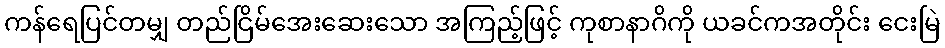
ကန်ရေပြင်တမျှ တည်ငြိမ်အေးဆေးသော အကြည့်ဖြင့် ကုစာနာဂိကို ယခင်ကအတိုင်း ငေးမြဲ